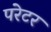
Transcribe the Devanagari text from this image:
परेटर